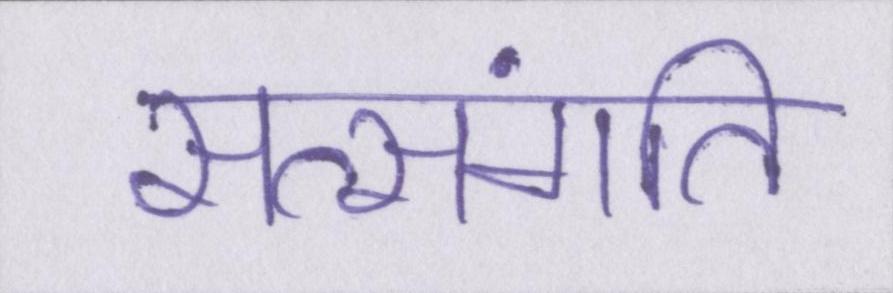
सत्संगति